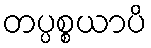
တပ္ပစ္စယာပိ